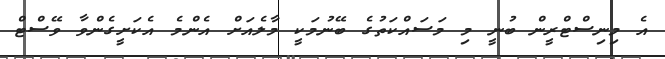
އެ މިނިސްޓްރީން ބުނީ މި މަސައްކަތުގެ ބޭނުމަކީ މާލެއަށް އެންމެ އެކަށީގެންވާ ވޭސްޓް